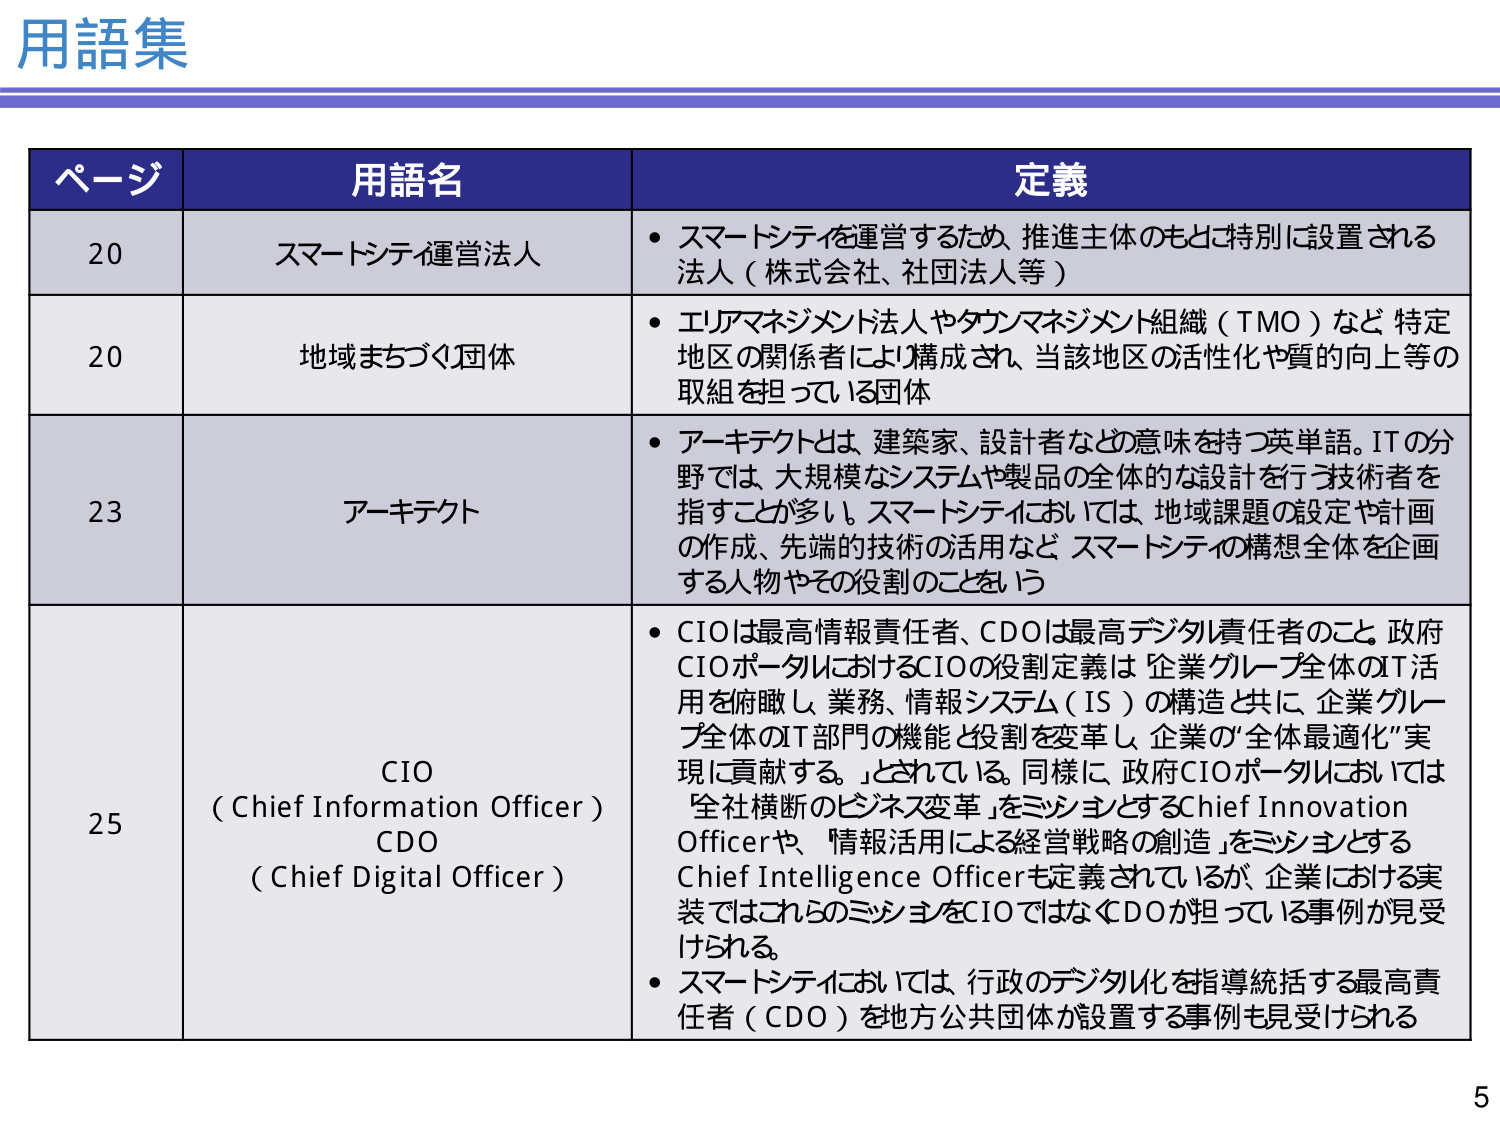
用語集

ページ 用語名 定義

20 スマートシティ運営法人 • スマートシティを運営するため、推進主体のもとで特別に設置される法人（株式会社、社団法人等）

20 地域まちづくり団体 • エリアマネジメント法人やタウンマネジメント組織（TMO）など、特定地区の関係者により構成され、当該地区の活性化や質的向上等の取組を担っている団体

23 アーキテクト • アーキテクトとは、建築家、設計者などの意味を持つ英単語。ITの分野では、大規模なシステムや製品の全体的な設計を行う技術者を指すことが多い。スマートシティにおいては、地域課題の設定や計画の作成、先端的技術の活用など、スマートシティの構想全体を企画する人物やその役割のこという

25 CIO （Chief Information Officer） CDO （Chief Digital Officer） • CIOは最高情報責任者、CDOは最高デジタル責任者のこと。政府CIOポータルにおけるCIOの役割定義は「企業グループ全体のIT活用を俯瞰し、業務、情報システム（IS）の構造と共に、企業グループ全体のIT部門の機能と役割を変革し、企業の“全体最適化”実現に貢献する。」とされている。同様に、政府CIOポータルにおいては「全社横断のビジネス変革」をミッションとするChief Innovation Officerや、「情報活用による経営戦略の創造」をミッションとするChief Intelligence Officerも定義されているが、企業における実装ではこれらのミッションをCIOではなくCDOが担っている事例が見受けられる。 • スマートシティにおいては、行政のデジタル化を指導統括する最高責任者（CDO）を地方公共団体が設置する事例も見受けられる

5